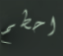
احطم